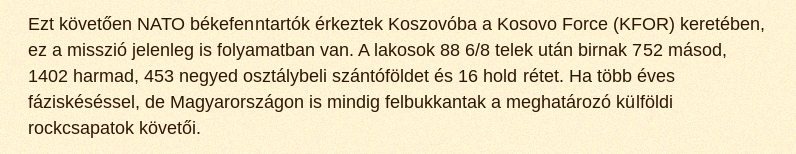
Ezt követően NATO békefenntartók érkeztek Koszovóba a Kosovo Force (KFOR) keretében, ez a misszió jelenleg is folyamatban van. A lakosok 88 6/8 telek után birnak 752 másod, 1402 harmad, 453 negyed osztálybeli szántóföldet és 16 hold rétet. Ha több éves fáziskéséssel, de Magyarországon is mindig felbukkantak a meghatározó külföldi rockcsapatok követői.